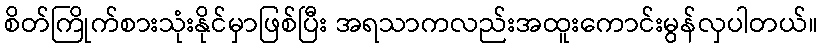
စိတ်ကြိုက်စားသုံးနိုင်မှာဖြစ်ပြီး အရသာကလည်းအထူးကောင်းမွန်လှပါတယ်။